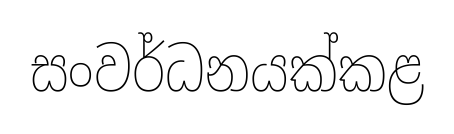
සංවර්ධනයක්කළ